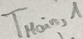
Text: TMain,1